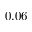
0 . 0 6